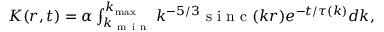
\begin{array} { r } { K ( r , t ) = \alpha \int _ { k _ { \mathrm { ~ m ~ i ~ n ~ } } } ^ { k _ { \operatorname* { m a x } } } k ^ { - 5 / 3 } \mathrm { ~ s ~ i ~ n ~ c ~ } ( k r ) e ^ { - t / \tau ( k ) } d k , } \end{array}